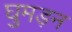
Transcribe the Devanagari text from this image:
घुमड़न